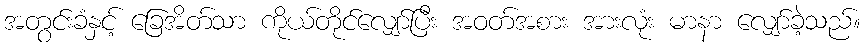
အတွင်းခံနှင့် ခြေအိတ်သာ ကိုယ်တိုင်လျှော်ပြီး အဝတ်အစား အားလုံး မာနာ လျှော်ခဲ့သည်။